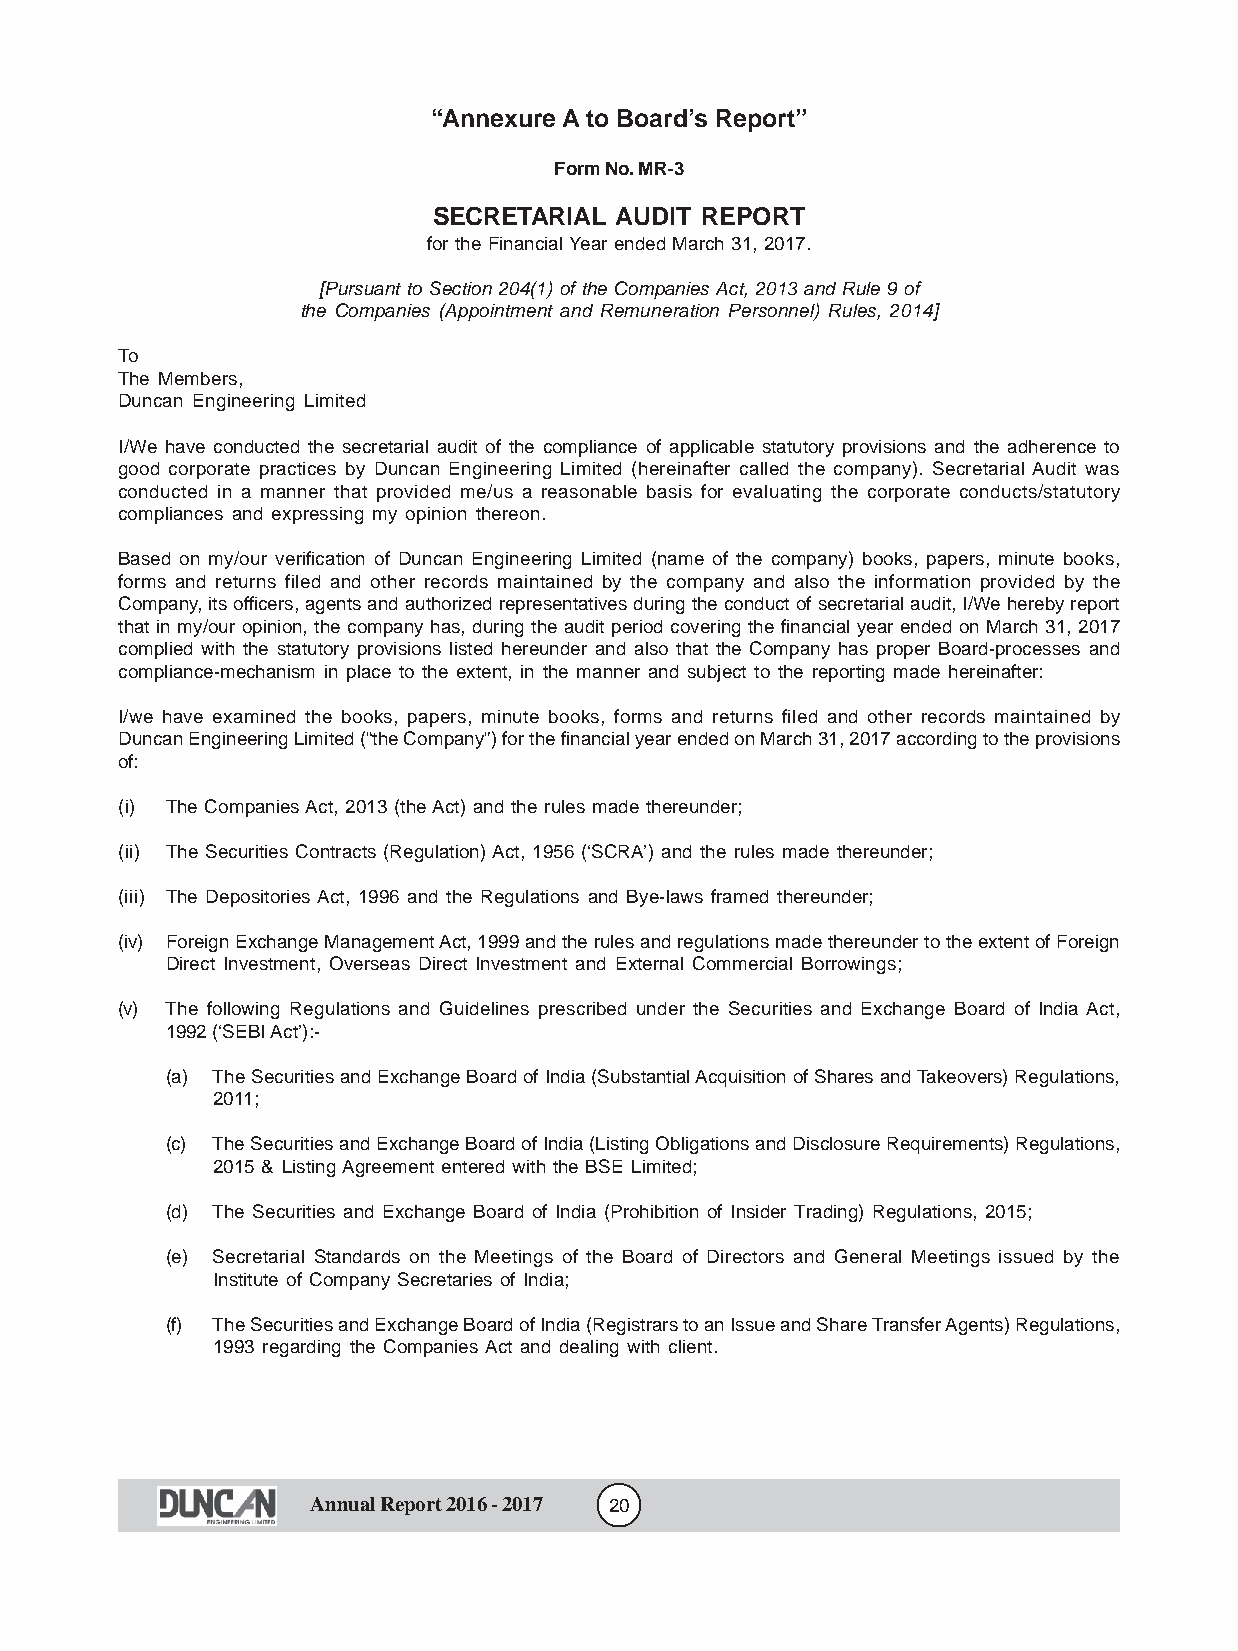
“Annexure A to Board’s Report”
 Form No. MR-3
 SECRETARIAL AUDIT REPORT
 for the Financial Year ended March 31, 2017.
 [Pursuant to Section 204(1) of the Companies Act, 2013 and Rule 9 of
 the Companies (Appointment and Remuneration Personnel) Rules, 2014]
 To
 The Members,
 Duncan Engineering Limited
 I/We have conducted the secretarial audit of the compliance of applicable statutory provisions and the adherence to
 good corporate practices by Duncan Engineering Limited (hereinafter called the company). Secretarial Audit was
 conducted in a manner that provided me/us a reasonable basis for evaluating the corporate conducts/statutory
 compliances and expressing my opinion thereon.
 Based on my/our verification of Duncan Engineering Limited (name of the company) books, papers, minute books,
 forms and returns filed and other records maintained by the company and also the information provided by the
 Company, its officers, agents and authorized representatives during the conduct of secretarial audit, I/We hereby report
 that in my/our opinion, the company has, during the audit period covering the financial year ended on March 31, 2017
 complied with the statutory provisions listed hereunder and also that the Company has proper Board-processes and
 compliance-mechanism in place to the extent, in the manner and subject to the reporting made hereinafter:
 I/we have examined the books, papers, minute books, forms and returns filed and other records maintained by
 Duncan Engineering Limited (“the Company”) for the financial year ended on March 31, 2017 according to the provisions
 of:
 (i) The Companies Act, 2013 (the Act) and the rules made thereunder;
 (ii) The Securities Contracts (Regulation) Act, 1956 (‘SCRA’) and the rules made thereunder;
 (iii) The Depositories Act, 1996 and the Regulations and Bye-laws framed thereunder;
 (iv) Foreign Exchange Management Act, 1999 and the rules and regulations made thereunder to the extent of Foreign
 Direct Investment, Overseas Direct Investment and External Commercial Borrowings;
 (v) The following Regulations and Guidelines prescribed under the Securities and Exchange Board of India Act,
 1992 (‘SEBI Act’):-
 (a) The Securities and Exchange Board of India (Substantial Acquisition of Shares and Takeovers) Regulations,
 2011;
 (c) The Securities and Exchange Board of India (Listing Obligations and Disclosure Requirements) Regulations,
 2015 & Listing Agreement entered with the BSE Limited;
 (d) The Securities and Exchange Board of India (Prohibition of Insider Trading) Regulations, 2015;
 (e) Secretarial Standards on the Meetings of the Board of Directors and General Meetings issued by the
 Institute of Company Secretaries of India;
 (f) The Securities and Exchange Board of India (Registrars to an Issue and Share Transfer Agents) Regulations,
 1993 regarding the Companies Act and dealing with client.
 Annual Report 2016 - 2017 20